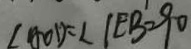
\angle A O D = \angle C E B = 9 0